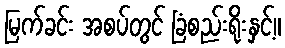
မြက်ခင်း အစပ်တွင် ခြံစည်းရိုးနှင့်။